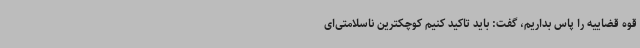
قوه قضاییه را پاس بداریم، گفت: باید تاکید کنیم کوچکترین ناسلامتی‌ای